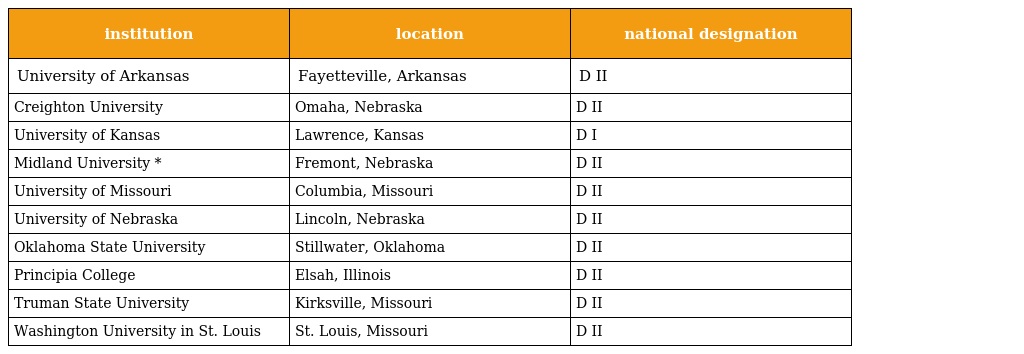
| institution | location | national designation |
 | --- | --- | --- |
 | University of Arkansas | Fayetteville, Arkansas | D II |
 | Creighton University | Omaha, Nebraska | D II |
 | University of Kansas | Lawrence, Kansas | D I |
 | Midland University * | Fremont, Nebraska | D II |
 | University of Missouri | Columbia, Missouri | D II |
 | University of Nebraska | Lincoln, Nebraska | D II |
 | Oklahoma State University | Stillwater, Oklahoma | D II |
 | Principia College | Elsah, Illinois | D II |
 | Truman State University | Kirksville, Missouri | D II |
 | Washington University in St. Louis | St. Louis, Missouri | D II |